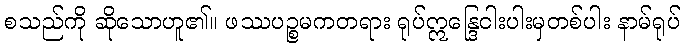
စသည်ကို ဆိုသောဟူ၏။ ဖဿပဉ္စမကတရား ရုပ်ဣန္ဒြေငါးပါးမှတစ်ပါး နာမ်ရုပ်